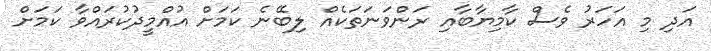
އަދި މި އަހަރު ވެސް ކާމިޔާބާއި ރަންވަނަތަކެއް ލިބޭނެ ކަމަށް އުއްމީދުކުރައްވާ ކަމަށް